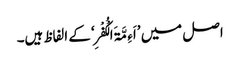
اصل میں ’اَءِمَّۃَ الْکُفْرِ‘ کے الفاظ ہیں۔